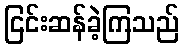
ငြင်းဆန်ခဲ့ကြသည်